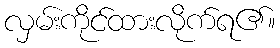
လှမ်းကိုင်ထားလိုက်ရ၏။